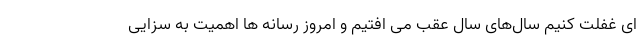
ای غفلت کنیم سال‌های سال عقب می افتیم و امروز رسانه ها اهمیت به سزایی